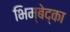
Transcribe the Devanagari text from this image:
भिम्बेद्का